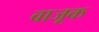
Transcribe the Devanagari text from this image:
वाजूक